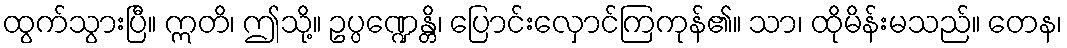
ထွက်သွားပြီ။ ဣတိ၊ ဤသို့။ ဥပ္ပဏ္ဍေန္တိ၊ ပြောင်းလှောင်ကြကုန်၏။ သာ၊ ထိုမိန်းမသည်။ တေန၊